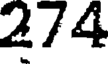
274